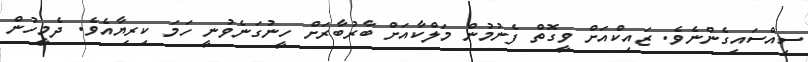
ސިއްސައިގެންނެވެ. ޒައިކްެއަށް ވީގޮތް ފެނުމުން މަލްކާއަށް ބާރުބާރަށް ހީނުގަނެވުނީ ހަމަ ކިރިޔާއެވެ. ދެމީހުން